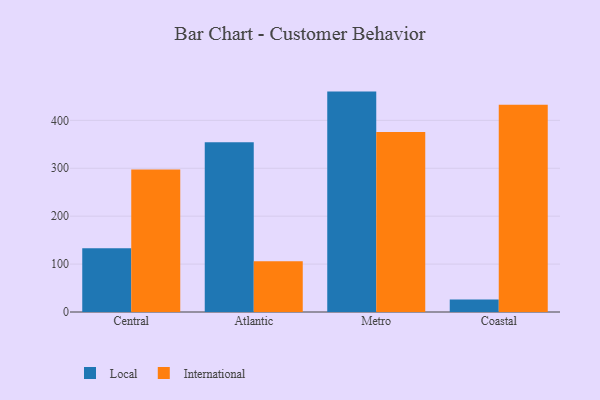
{"axis": {"x": "Region", "y": "Temperature (°C)"}, "legend": ["International", "Local"], "data": [{"x": "Central", "y": 132.9, "type": "Local"}, {"x": "Central", "y": 297.5, "type": "International"}, {"x": "Atlantic", "y": 354.5, "type": "Local"}, {"x": "Atlantic", "y": 105.9, "type": "International"}, {"x": "Metro", "y": 460.0, "type": "Local"}, {"x": "Metro", "y": 375.8, "type": "International"}, {"x": "Coastal", "y": 26.3, "type": "Local"}, {"x": "Coastal", "y": 432.4, "type": "International"}]}